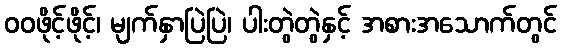
ဝဝဖိုင့်ဖိုင့်၊ မျက်နှာပြဲပြဲ၊ ပါးတွဲတွဲနှင့် အစားအသောက်တွင်